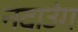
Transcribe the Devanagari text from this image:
नदाउंग